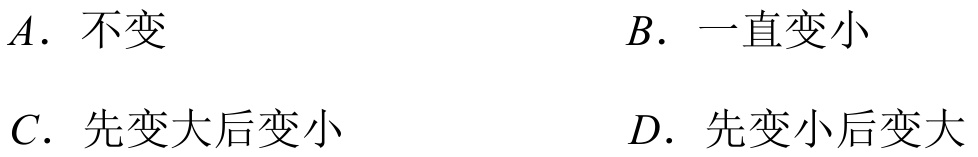
\(A\). 不变
\(B\). 一直变小
\(C\). 先变大后变小
\(D\). 先变小后变大